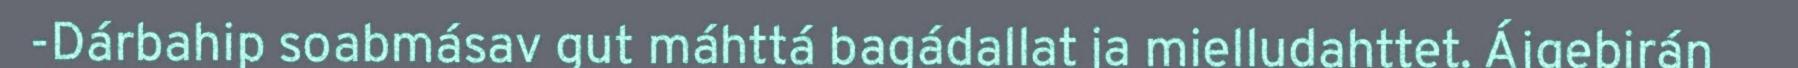
-Dárbahip soabmásav gut máhttá bagádallat ja mielludahttet. Ájgebirán